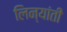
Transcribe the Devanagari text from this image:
लिन्यांती